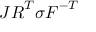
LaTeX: J { \boldsymbol { R } } ^ { T } { \boldsymbol { \sigma } } { \boldsymbol { F } } ^ { - T }